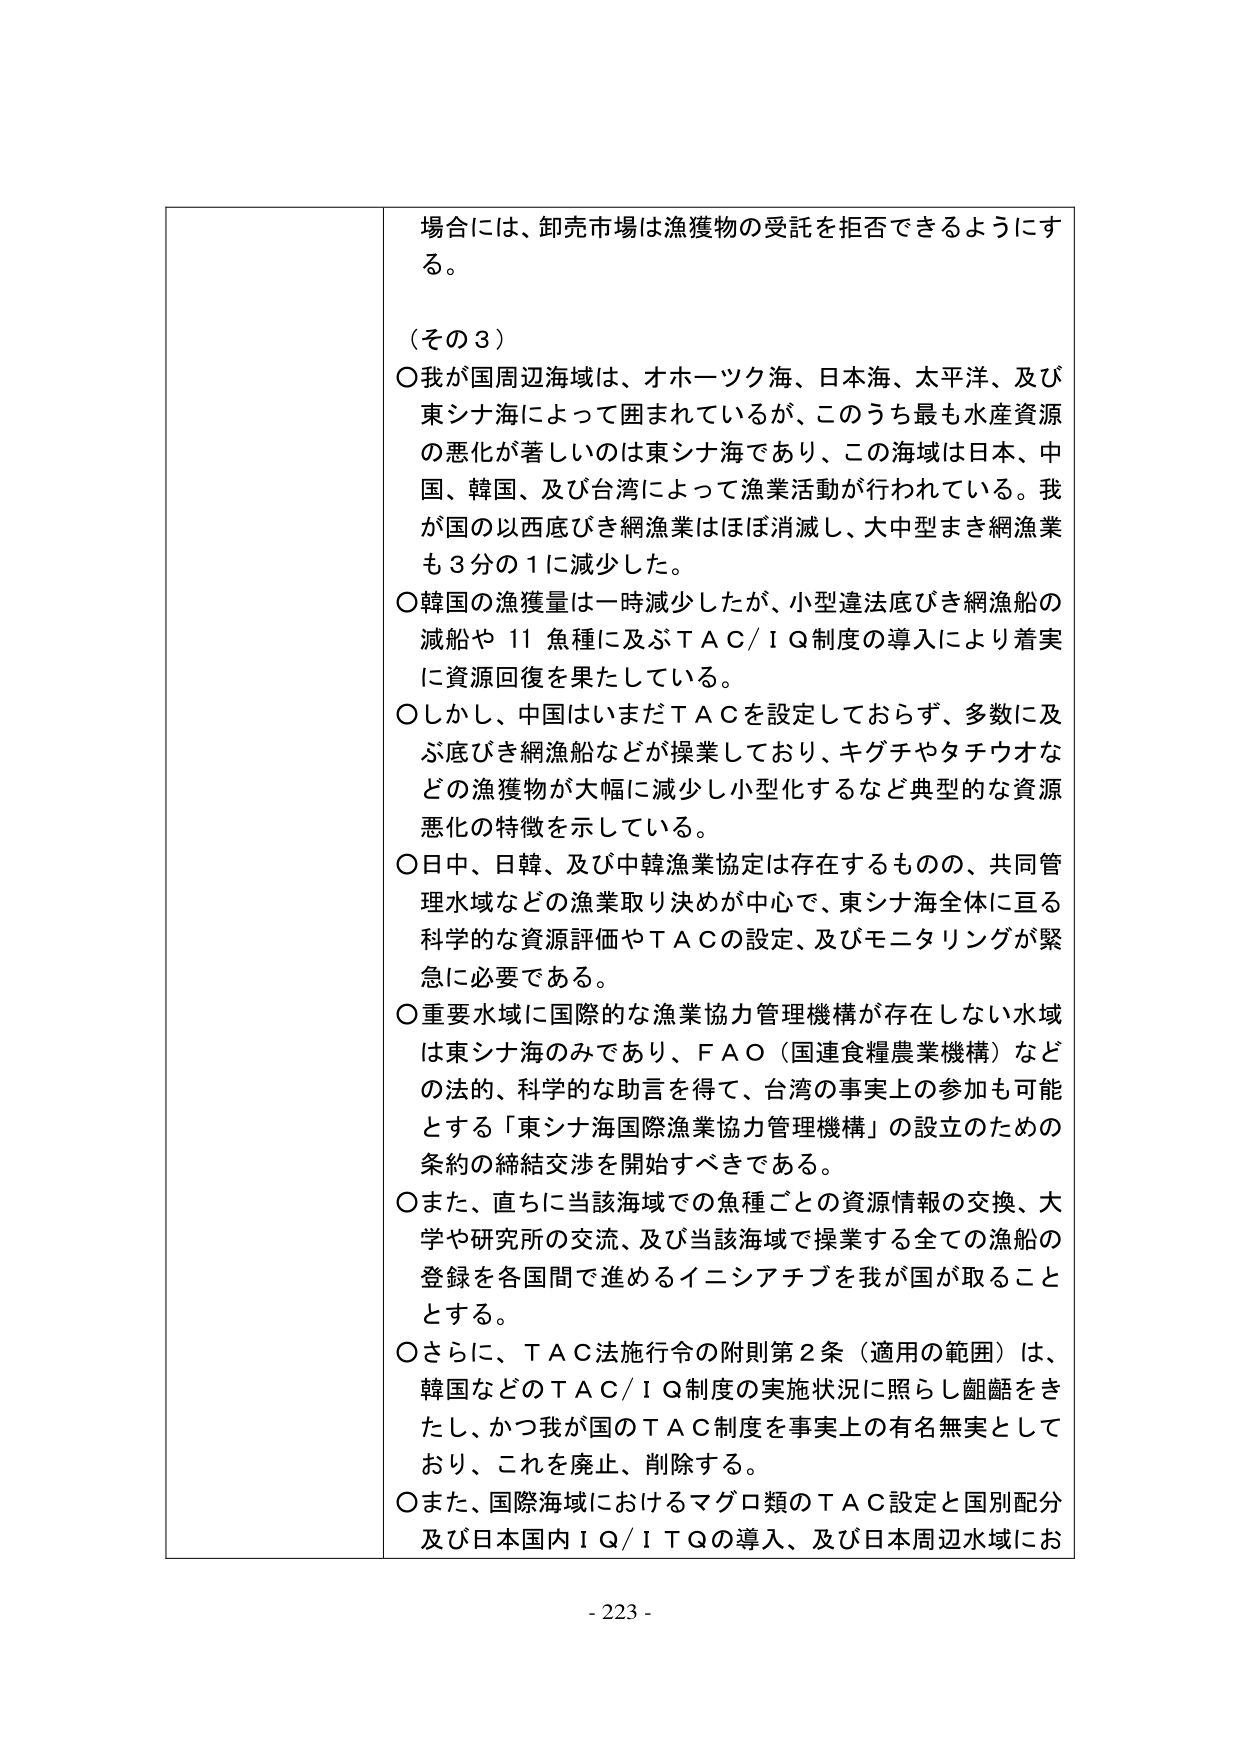
場合には、卸売市場は漁獲物の受託を拒否できるようにする。

（その３）
○我が国周辺海域は、オホーツク海、日本海、太平洋、及び東シナ海によって囲まれているが、このうち最も水産資源の悪化が著しいのは東シナ海であり、この海域は日本、中国、韓国、及び台湾によって漁業活動が行われている。我が国の以西底びき網漁業はほぼ消滅し、大中型まき網漁業も３分の１に減少した。
○韓国の漁獲量は一時減少したが、小型違法底びき網漁船の減船や11魚種に及ぶＴＡＣ／ＩＱ制度の導入により着実に資源回復を果たしている。
○しかし、中国はいまだＴＡＣを設定しておらず、多数に及ぶ底びき網漁船などが操業しており、キグチやタチウオなどの漁獲物が大幅に減少し小型化するなど典型的な資源悪化の特徴を示している。
○日中、日韓、及び中韓漁業協定は存在するものの、共同管理水域などの漁業取り決めが中心で、東シナ海全体に亘る科学的な資源評価やＴＡＣの設定、及びモニタリングが緊急に必要である。
○重要水域に国際的な漁業協力管理機構が存在しない水域は東シナ海のみであり、ＦＡＯ（国連食糧農業機構）などの法的、科学的な助言を得て、台湾の事実上の参加も可能とする「東シナ海国際漁業協力管理機構」の設立のための条約の締結交渉を開始すべきである。
○また、直ちに当該海域での魚種ごとの資源情報の交換、大学や研究所の交流、及び当該海域で操業する全ての漁船の登録を各国間で進めるイニシアチブを我が国が取ることとする。
○さらに、ＴＡＣ法施行令の附則第２条（適用の範囲）は、韓国などのＴＡＣ／ＩＱ制度の実施状況に照らし齟齬をきたし、かつ我が国のＴＡＣ制度を事実上の有名無実としており、これを廃止、削除する。
○また、国際海域におけるマグロ類のＴＡＣ設定と国別配分及び日本国内ＩＱ／ＩＴＱの導入、及び日本周辺水域にお

- 223 -